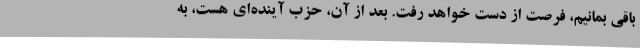
باقی بمانیم، فرصت از دست خواهد رفت. بعد از آن، حزب آینده‌ای هست، به